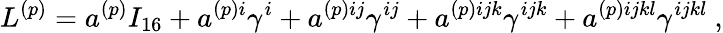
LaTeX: L^{(p)}=a^{(p)}I_{16}+a^{(p)i}\gamma^{i}+a^{(p)ij}\gamma^{ij}+a^{(p)ijk}\gamma^{ijk}+a^{(p)ijkl}\gamma^{ijkl}~,